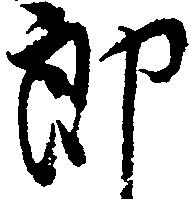
郎